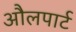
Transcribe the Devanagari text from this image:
औलपार्ट